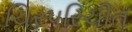
ચિરપરિચીત